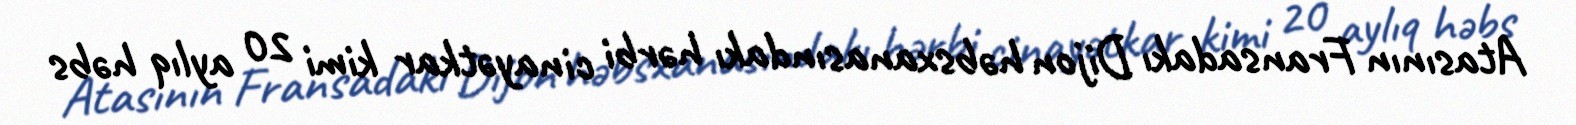
Atasının Fransadakı Dijon həbsxanasındakı hərbi cinayətkar kimi 20 aylıq həbs